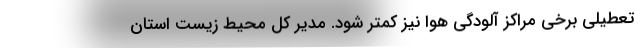
تعطیلی برخی مراکز آلودگی هوا نیز کمتر شود. مدیر کل محیط زیست استان